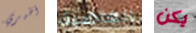
أظهري الغاضبة يكن